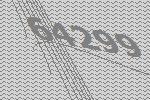
64299